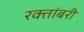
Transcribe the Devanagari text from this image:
रक्तांबरी